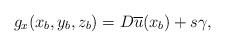
LaTeX: \begin{align*} g_x(x_b,y_b,z_b) = D\overline{u}(x_b) + s\gamma, \end{align*}